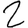
Digit: 2